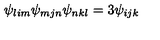
\psi _ { l i m } \psi _ { m j n } \psi _ { n k l } = 3 \psi _ { i j k }